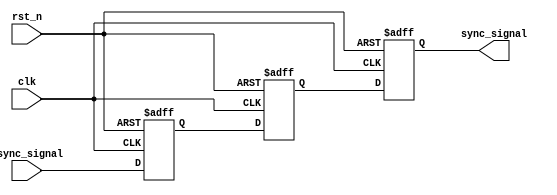
module meta_stability_filter (
    input wire clk,              // Clock signal
    input wire async_signal,     // Asynchronous input signal
    input wire rst_n,            // Active low asynchronous reset
    output reg sync_signal        // Synchronized output signal
);

    // Internal signals for the dual flip-flop structure
    reg ff1, ff2;

    // First flip-flop (FF1)
    always @(posedge clk or negedge rst_n) begin
        if (!rst_n) begin
            ff1 <= 1'b0;          // Reset FF1 to known state
        end else begin
            ff1 <= async_signal;  // Sample the asynchronous signal
        end
    end

    // Second flip-flop (FF2)
    always @(posedge clk or negedge rst_n) begin
        if (!rst_n) begin
            ff2 <= 1'b0;          // Reset FF2 to known state
        end else begin
            ff2 <= ff1;           // Sample the output of FF1
        end
    end

    // Output signal
    always @(posedge clk or negedge rst_n) begin
        if (!rst_n) begin
            sync_signal <= 1'b0;  // Reset output to known state
        end else begin
            sync_signal <= ff2;    // Output the synchronized signal
        end
    end

endmodule